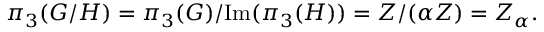
\pi _ { 3 } ( G / H ) = \pi _ { 3 } ( G ) / \mathrm { I m } ( \pi _ { 3 } ( H ) ) = Z / ( \alpha Z ) = Z _ { \alpha } .